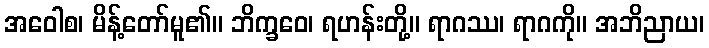
အဝေါစ၊ မိန့်တော်မူ၏။ ဘိက္ခဝေ၊ ရဟန်းတို့။ ရာဂဿ၊ ရာဂကို။ အဘိညာယ၊